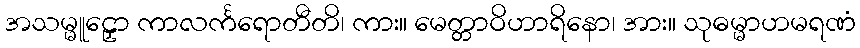
အသမ္မူဠှော ကာလင်္ကရောတီတိ၊ ကား။ မေတ္တာဝိဟာရိနော၊ အား။ သုဓမ္မာဟမရဏံ